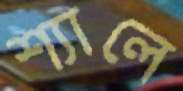
শ্যালে